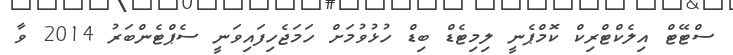
ސްޓޭޓް އިލެކްޓްރިކް ކޮމްޕެނީ ލިމިޓެޑް ބިޑް ހުޅުވުމަށް ހަމަޖެހިފައިވަނީ ސެޕްޓެންބަރު 2014 ވާ